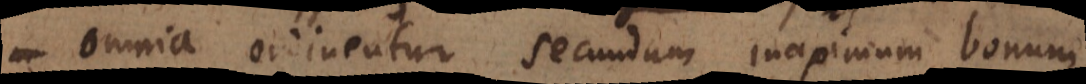
omnia ordinentur secundum maximum bonum